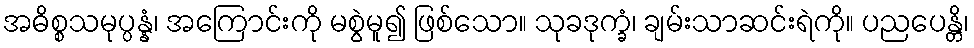
အဓိစ္စသမုပ္ပန္နံ၊ အကြောင်းကို မစွဲမူ၍ ဖြစ်သော။ သုခဒုက္ခံ၊ ချမ်းသာဆင်းရဲကို။ ပညပေန္တိ၊